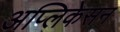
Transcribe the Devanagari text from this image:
अप्लिकेसन